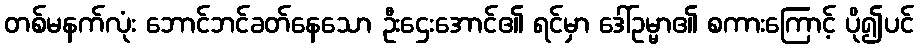
တစ်မနက်လုံး ဘောင်ဘင်ခတ်နေသော ဦးဌေးအောင်၏ ရင်မှာ ဒေါ်ဥမ္မာ၏ စကားကြောင့် ပို၍ပင်